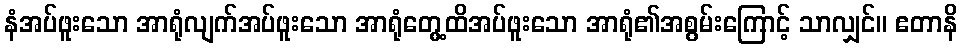
နံအပ်ဖူးသော အာရုံလျက်အပ်ဖူးသော အာရုံတွေ့ထိအပ်ဖူးသော အာရုံ၏အစွမ်းကြောင့် သာလျှင်။ ဧတာနိ